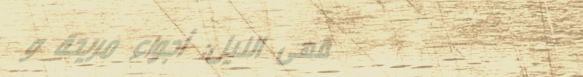
مقهى النيل: أجواء مريحة و